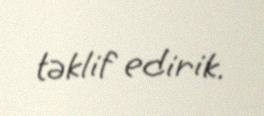
təklif edirik.